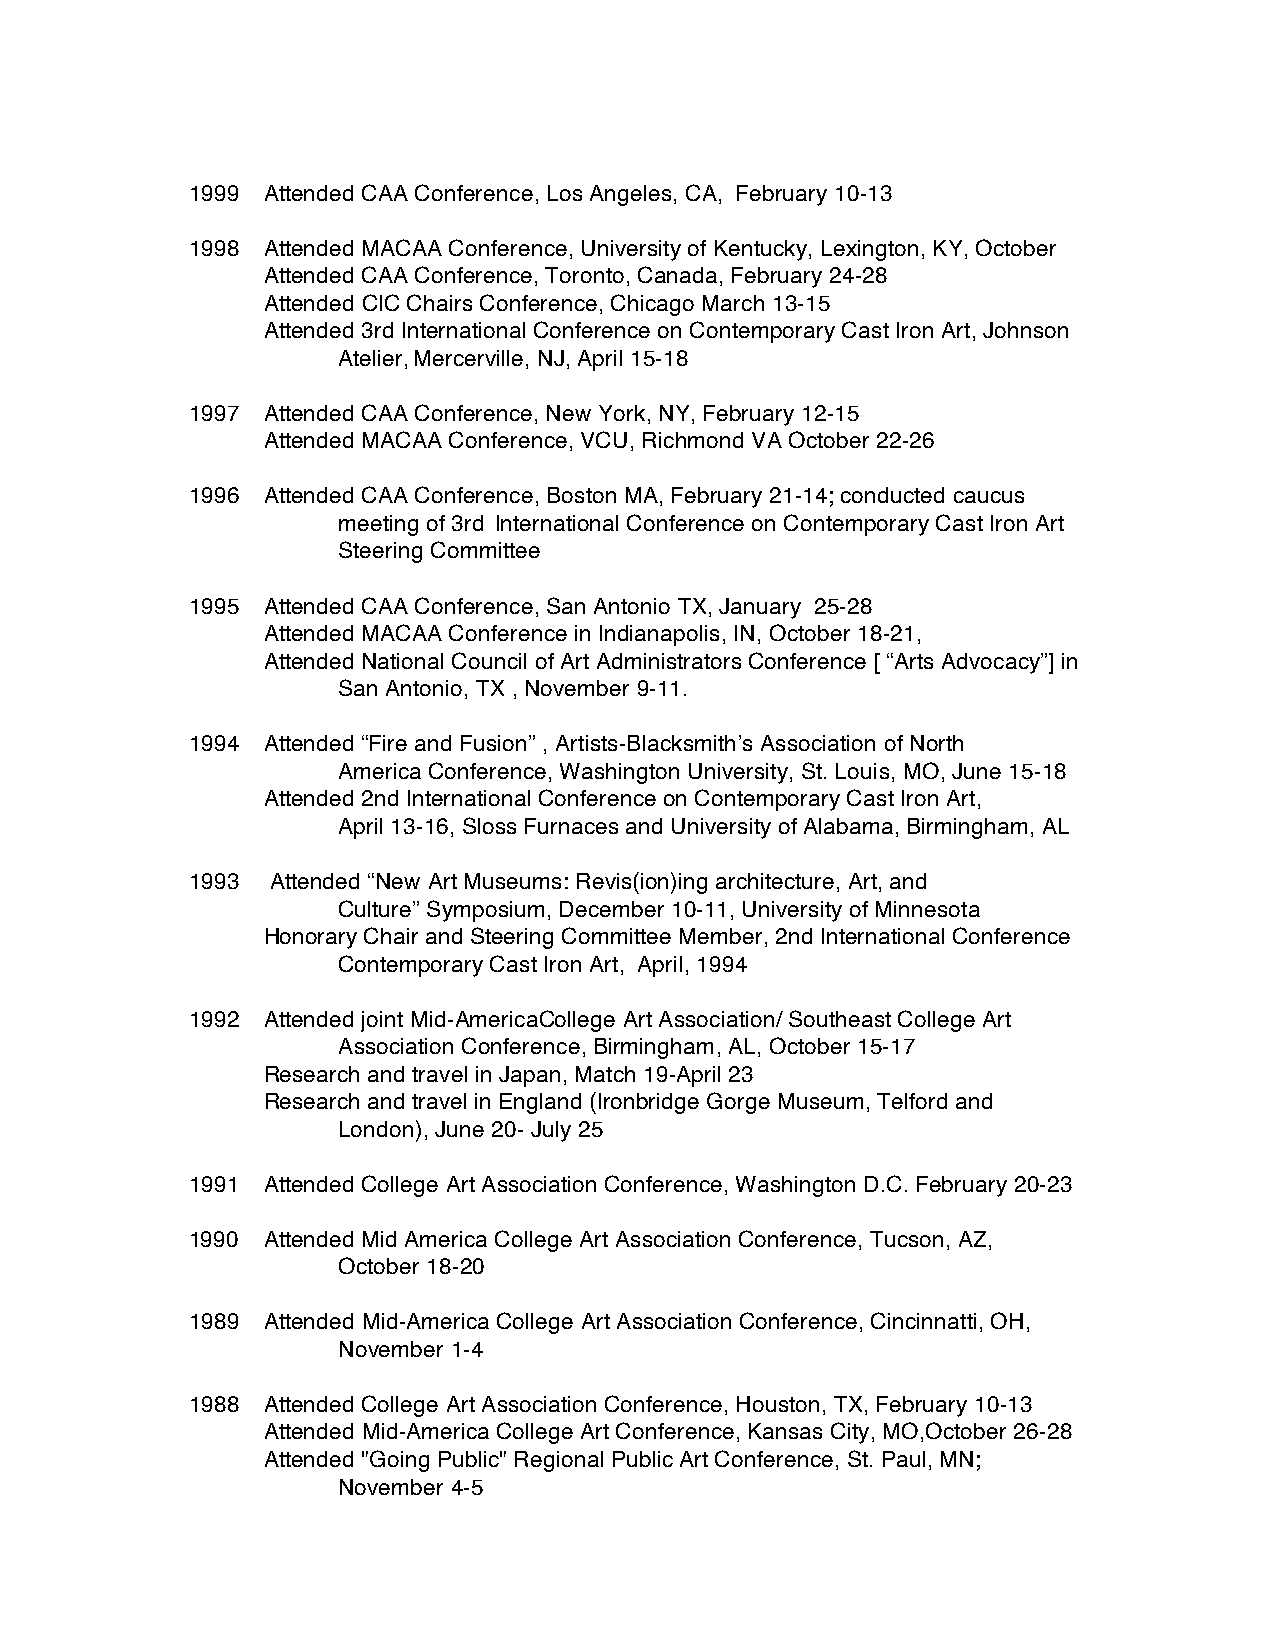
1999 Attended CAA Conference, Los Angeles, CA, February 10-13
 1998 Attended MACAA Conference, University of Kentucky, Lexington, KY, October
 Attended CAA Conference, Toronto, Canada, February 24-28
 Attended CIC Chairs Conference, Chicago March 13-15
 Attended 3rd International Conference on Contemporary Cast Iron Art, Johnson
 Atelier, Mercerville, NJ, April 15-18
 1997 Attended CAA Conference, New York, NY, February 12-15
 Attended MACAA Conference, VCU, Richmond VA October 22-26
 1996 Attended CAA Conference, Boston MA, February 21-14; conducted caucus
 meeting of 3rd International Conference on Contemporary Cast Iron Art
 Steering Committee
 1995 Attended CAA Conference, San Antonio TX, January 25-28
 Attended MACAA Conference in Indianapolis, IN, October 18-21,
 Attended National Council of Art Administrators Conference [ “Arts Advocacy”] in
 San Antonio, TX , November 9-11.
 1994 Attended “Fire and Fusion” , Artists-Blacksmith’s Association of North
 America Conference, Washington University, St. Louis, MO, June 15-18
 Attended 2nd International Conference on Contemporary Cast Iron Art,
 April 13-16, Sloss Furnaces and University of Alabama, Birmingham, AL
 1993  Attended “New Art Museums: Revis(ion)ing architecture, Art, and
 Culture” Symposium, December 10-11, University of Minnesota
 Honorary Chair and Steering Committee Member, 2nd International Conference
 Contemporary Cast Iron Art, April, 1994
 1992 Attended joint Mid-AmericaCollege Art Association/ Southeast College Art
 Association Conference, Birmingham, AL, October 15-17
 Research and travel in Japan, Match 19-April 23
 Research and travel in England (Ironbridge Gorge Museum, Telford and
 London), June 20- July 25
 1991 Attended College Art Association Conference, Washington D.C. February 20-23
 1990 Attended Mid America College Art Association Conference, Tucson, AZ,
 October 18-20
 1989 Attended Mid-America College Art Association Conference, Cincinnatti, OH,
 November 1-4
 1988 Attended College Art Association Conference, Houston, TX, February 10-13
 Attended Mid-America College Art Conference, Kansas City, MO,October 26-28
 Attended "Going Public" Regional Public Art Conference, St. Paul, MN;
 November 4-5